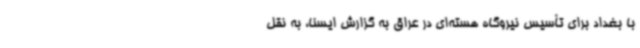
با بغداد برای تأسیس نیروگاه هسته‌ای در عراق به گزارش ایسنا، به نقل